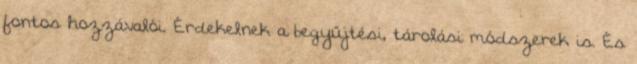
fontos hozzávalói. Érdekelnek a begyűjtési, tárolási módszerek is. És